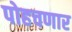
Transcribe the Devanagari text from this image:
पोहचणार